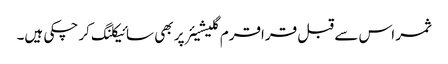
ثمر اس سے قبل قراقرم گلیشیئر پر بھی سائیکلنگ کر چکی ہیں۔